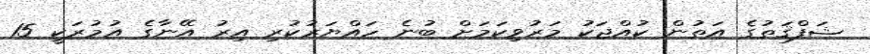
ޝަފްޤަތުގެ އަތުން ކުއްޖަކު މަރުވިކަމަށް ބުނެ ހައްޔަރުކުރި އިރު އޭނާގެ އުމުރަކީ 15